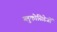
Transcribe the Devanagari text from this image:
ग्लुकोसिडेजों